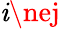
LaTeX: \mathit{i}\nej